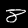
Label: 8